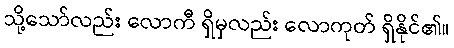
သို့သော်လည်း လောကီ ရှိမှလည်း လောကုတ် ရှိနိုင်၏။